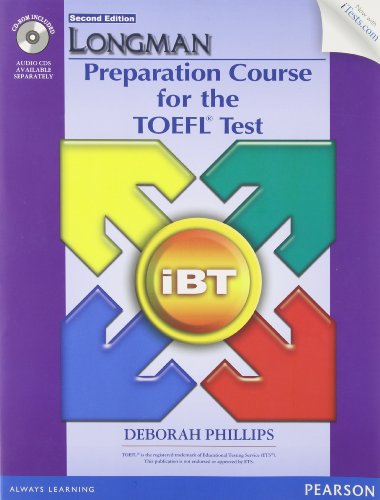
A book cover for Longman Preparation Course for the TOEFL Test: Ibt; Deborah Phillips; Test Preparation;